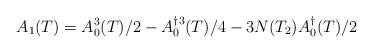
LaTeX: \begin{align*}A_{1}(T)=A^{3}_{0}(T)/2-A^{\dag 3}_{0}(T)/4-3N(T_{2})A^{\dag }_{0}(T)/2\end{align*}